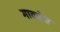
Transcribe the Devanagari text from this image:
गावचेच